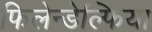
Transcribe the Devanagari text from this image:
फिलेन्डेल्फिया